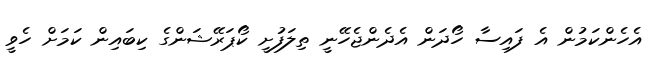
އެހެންކަމުން އެ ފައިސާ ހޯދަން އެދެންޖެހޭނީ ތިލަފުށީ ކޯޕަރޭޝަންގެ ކިބައިން ކަމަށް ހެވީ